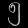
Digit: ၅